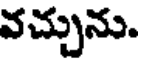
వచ్చును.